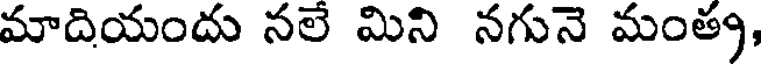
మాదియందు నలే మిని నగునె మంత్య,